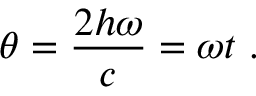
\theta = { \frac { 2 h \omega } { c } } = \omega t \ .